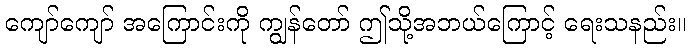
ကျော်ကျော် အကြောင်းကို ကျွန်တော် ဤသို့အဘယ်ကြောင့် ရေးသနည်း။